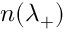
n ( \lambda _ { + } )